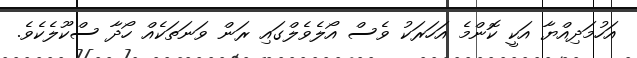
އަހުމަދިއްޔާ އަކީ ކޮންމެ އަހަރަކު ވެސް އޯލެވެލްގައި ރަން ވަނަތަކެއް ހޯދާ ސްކޫލެކެވެ.